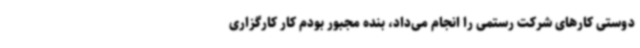
دوستی کارهای شرکت رستمی را انجام می‌داد، بنده مجبور بودم کار کارگزاری